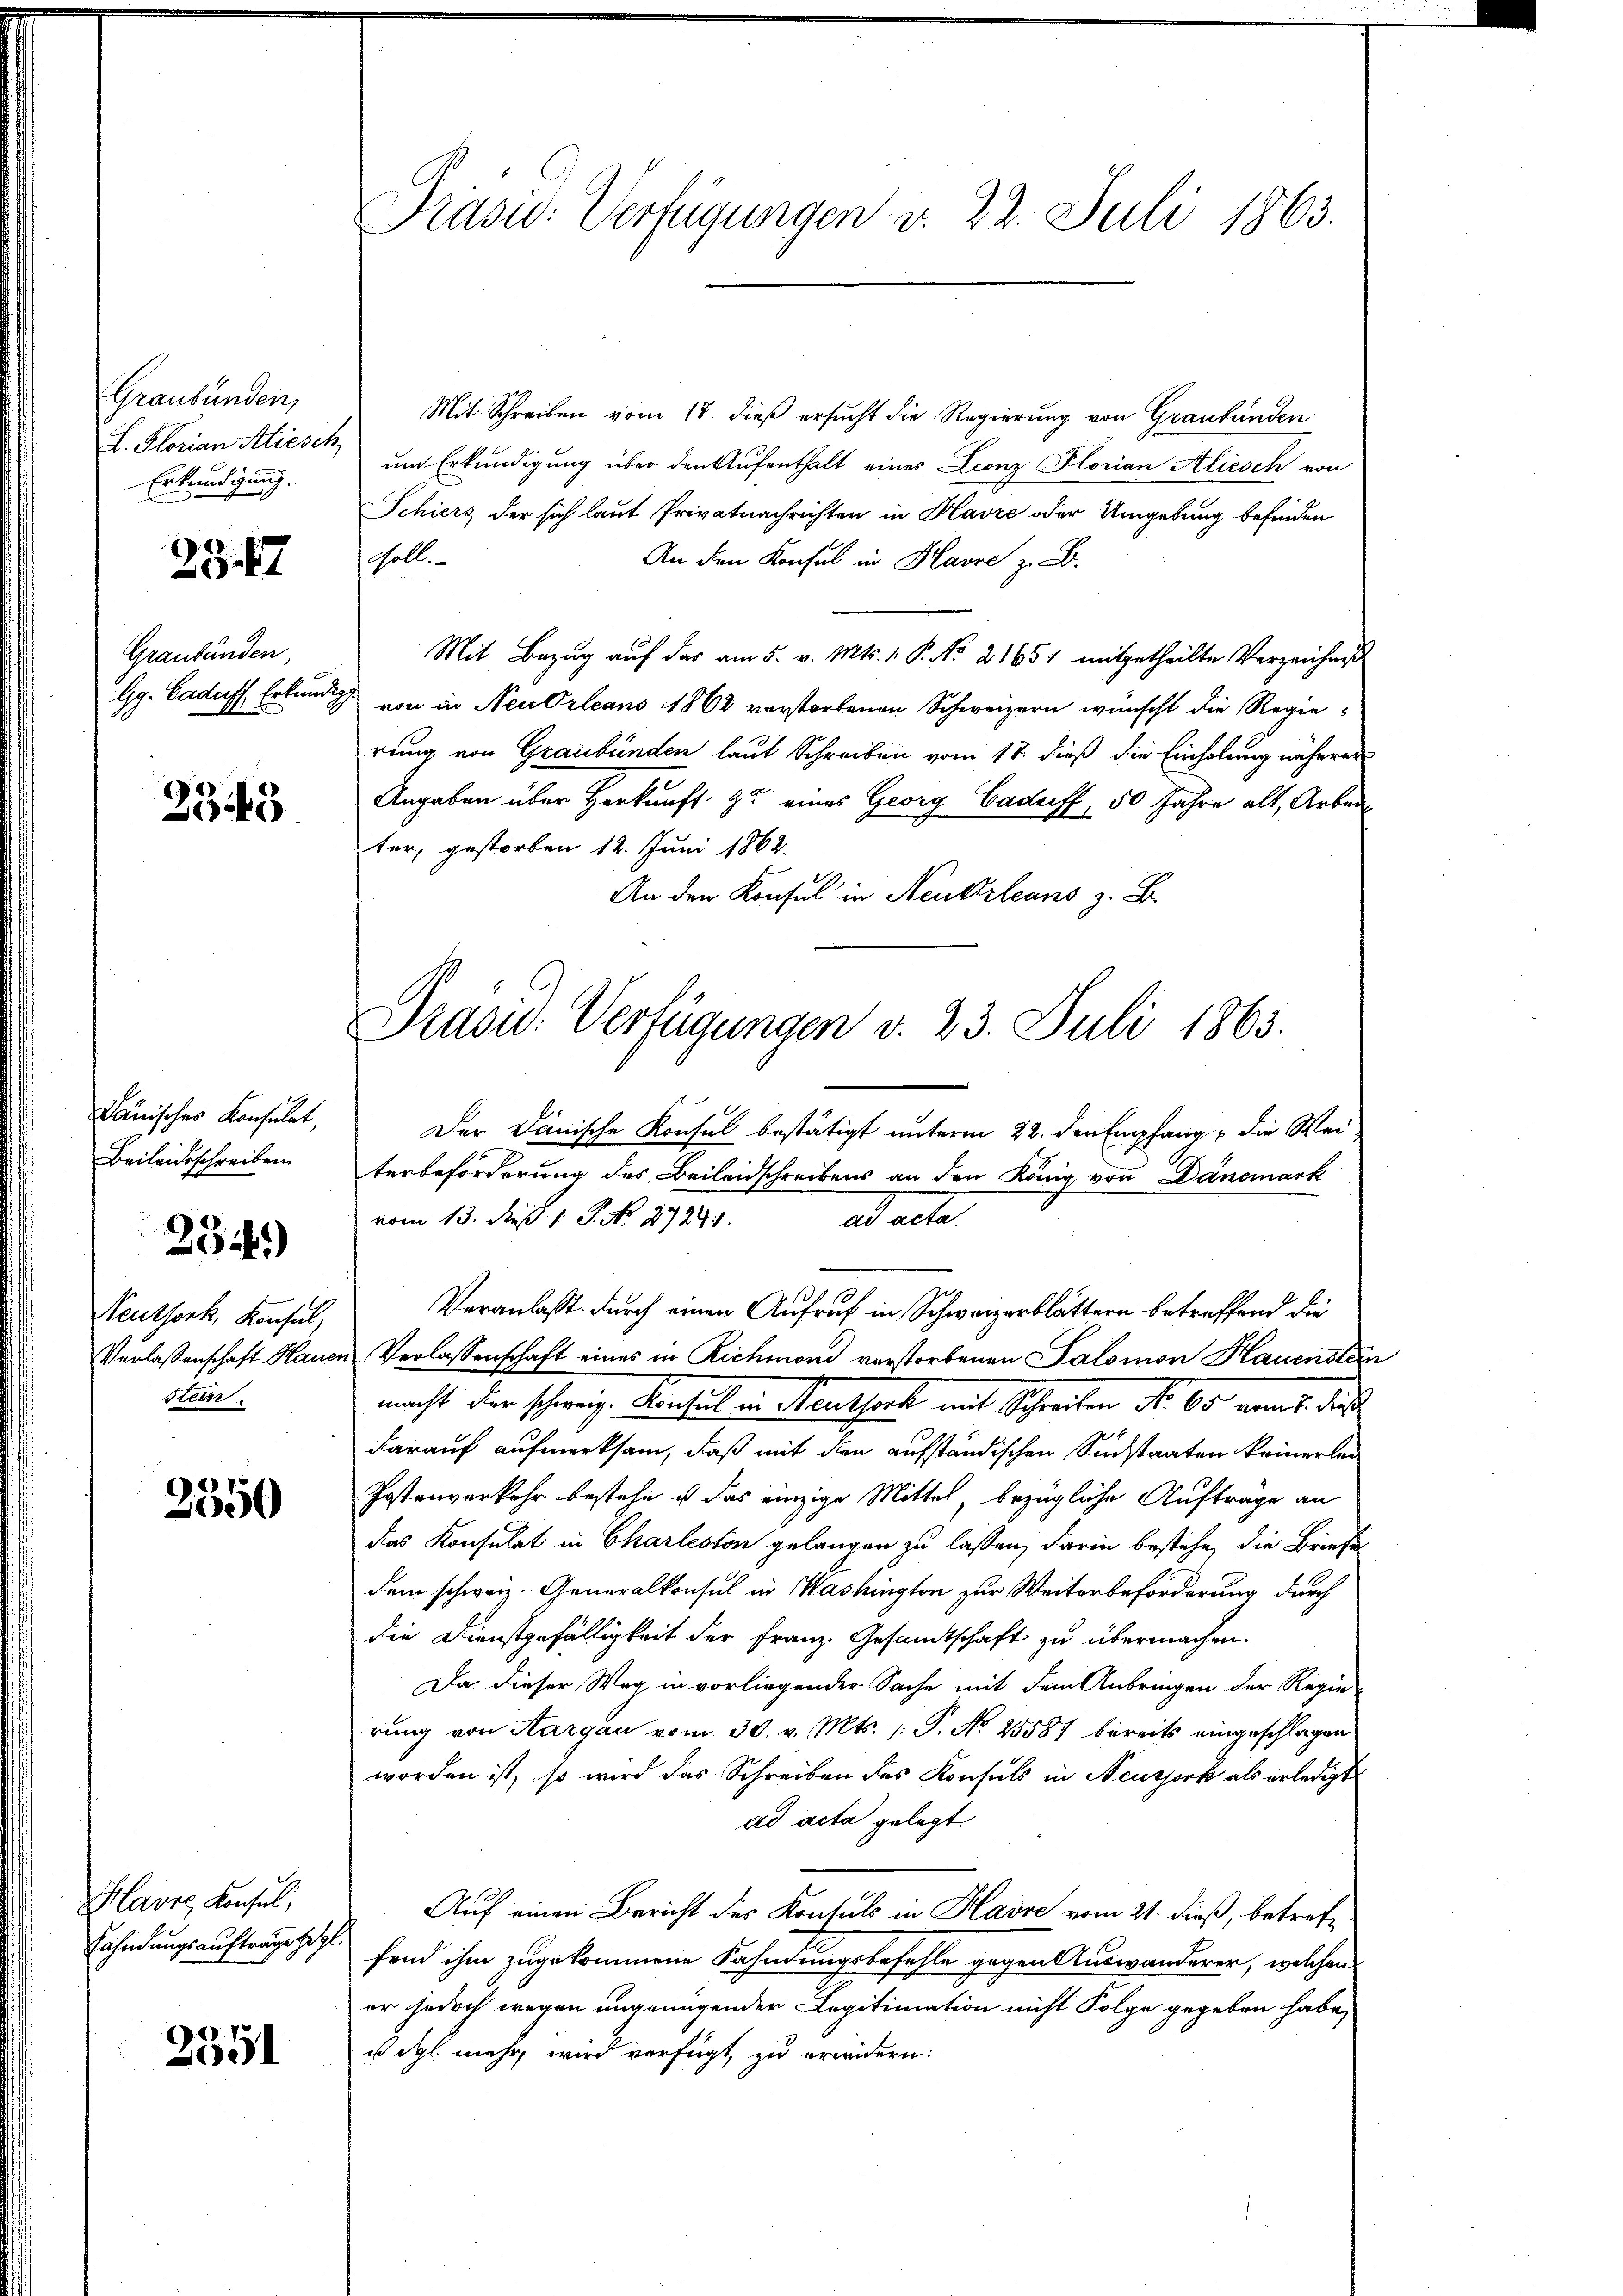
Graubünden,
L. Florian Aliesch
Erkundigung.

2347

Graubünden
Hy. Caduff, Erkundig

2343

Dänisches Konsulat,
Beileitsschreiben

Neuthork, Konsul,
Verlassenschaft Hauer
stein.

04.)

2350

Havre Konsul,
Fahndungsaufträge zug

2351

Präsid. Verfügungen d. 22. Juli 1863.

Mit Schreiben vom 18. dieß ersucht die Regierung von Graubünden
um Erkundigung über den Aufenthalt eines Leonz Florian Alicsch von
Schiers der sich laut Privatnachrichten in Havre oder Umgebung befinden
An den Konsul in Havre z. B.
Goll.
Mit Bezug auf das am 5. v. Mts. 1. P. Nr. 21651 mitgetheilte Verzeichnis
von in Neubrleans 1864 verstorbenen Schweizern wünscht die Regierung von Graubünden laut Schreiben vom 18. dieß die Einholung näheren
Angaben über Herkunft zu eines Georg Caduff, 50 Jahre alt, Arbeit
ter, gestorben 12. Juni 1862.
An den Konsul in Neukrleans z. B.
Der Dänische Konsul bestätigt unterm 22. den Empfang die Wei
terbeförderung des Beileidschreibens an den König von Dänemark
vom 13. Fuß 1 S. No. 17291.
ad acte
Veranlaßt durch einen Aufruf in Schweizerblättern betreffend die
Verlassenschaft eines in Richmond verstorbenen Salomon Hauenster
macht der schweiz. Konsul in Menthackt mit Schreiben No 60. wird die
darauf aufmerksam, daß mit den aufständischen Sucstaaten keinerlei
Postenverkehr bestehe ist das einzige Mittel, bezügliche Aufträge an
das Konsulat in Charleston gelangen zu lassen, darin bestehe, die Briefe
dem schweiz. Generalkonsul in Washington zur Weiterbeförderung durch
die Dienstgefälligkeit der Franz. Gesandtschaft zu übermachen.
Da dieser Weg in vorliegender Sache mit dem Anbringen der Regie-
rung von Aargau vom 30. v. Mts. (: P. No 25587 bereits eingeschlagen
worden ist, so wird das Schreiben des Konsuls in Neuzjork als erledigt
ad acta gelegt.
Auf einen Bericht des Kontuls in Havre vom 21. dieß, betreffend ihm zugekommene Fahndungsbefehle gegen Auswanderer, welchen
er jedoch wegen ungenügender Legitimation nicht Folge gegeben habe,
u dgl. mehr, wird verfügt, zu erwidern:

Prasi: Verfügungen v. 23. Juli 1863.